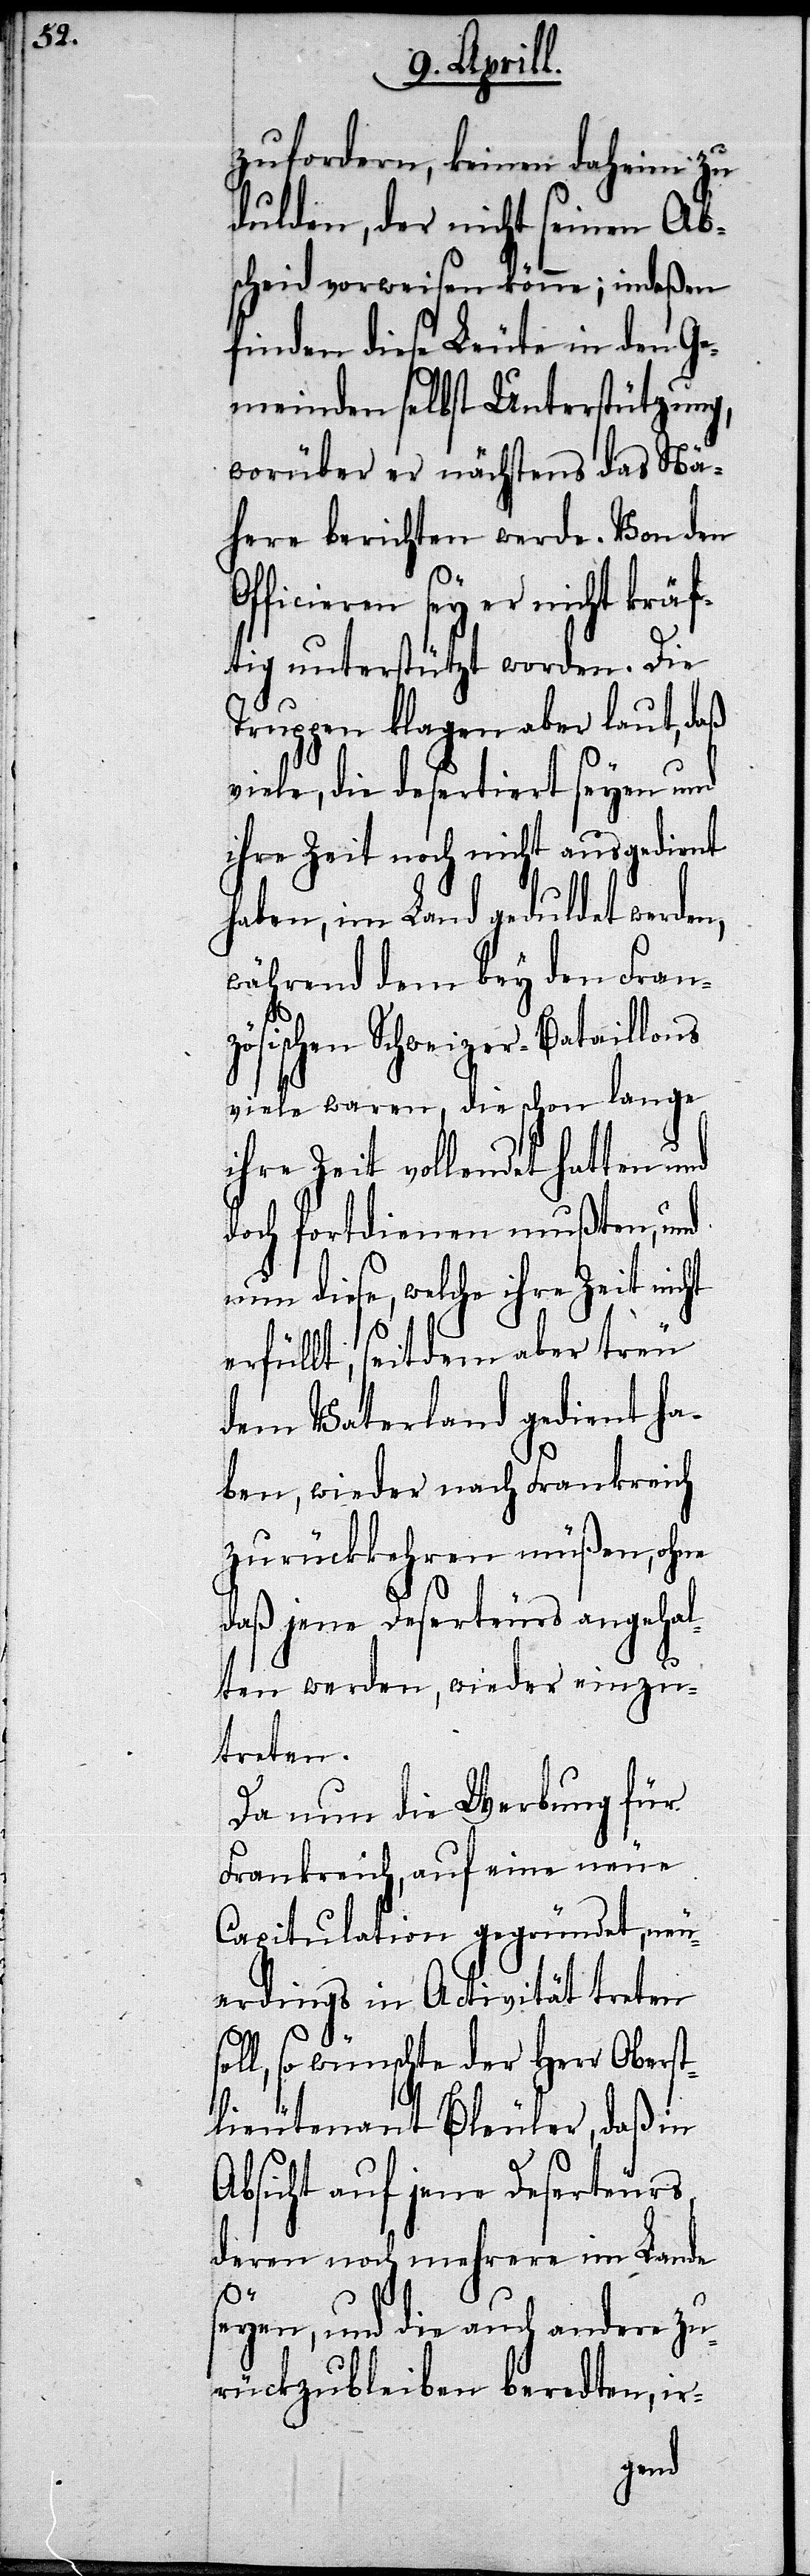
zufordern, keinen daheim zu
dulden, der nicht seinen Ab¬
scheid vorweisen könne; indeßen
finden diese Leute in den Ge¬
meinden selbst Unterstützung,
worüber er nächstens das Nä¬
here berichten werde. Von den
Officieren sey er nicht kräf¬
tig unterstützt worden. Die
Truppen klagen aber laut, daß
viele, die desertiert seyen und
ihre Zeit noch nicht ausgedient
haben, im Land geduldet werden,
während dem bey den Fran¬
zösischen Schweizer-Bataillons
viele waren, die schon lange
ihre Zeit vollendet hatten und
doch fortdienen mußten, und
nun diese, welche ihre Zeit nicht
erfüllt, seit dem aber treu
dem Vaterland gedient ha¬
ben, wieder nach Frankreich
zurückkehren müßen, ohne
daß jene Deserteurs angehal¬
ten werden, wieder einzu¬
treten.
Da nun die Werbung für
Frankreich, auf eine neue
Capitulation gegründet, neu¬
erdings in Activität treten
l, so wünschte der Herr Oberst¬
lieutenant Bleuler, daß in
Absicht auf jene Deserteurs,
deren noch mehrere im Lande
sol¬
seyen, und die auch andere zu¬
rückzubleiben beredten, ir-